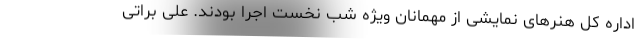
اداره کل هنرهای نمایشی از مهمانان ویژه شب نخست اجرا بودند. علی براتی